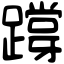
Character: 𨅝